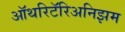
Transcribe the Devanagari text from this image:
ऑथरिटॅरिअनिझम